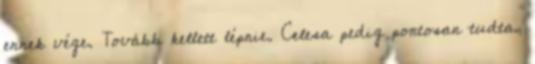
ennek vége. Tovább kellett lépnie. Celesa pedig pontosan tudta,